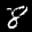
Label: 8